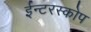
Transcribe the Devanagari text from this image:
ईन्टरस्कोप